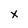
Character: x